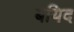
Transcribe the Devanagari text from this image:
बयिद